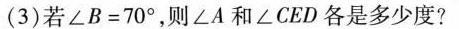
(3)若$$∠ B = 7 0 °$$，则∠A和∠CED各是多少度?